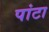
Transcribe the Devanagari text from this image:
पांटा